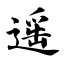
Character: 遥